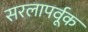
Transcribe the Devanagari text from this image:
सरलापर्वूक